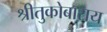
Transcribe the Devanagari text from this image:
श्रीतुकोबाराय